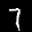
Label: 7